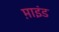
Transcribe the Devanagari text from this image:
म़ाइंड